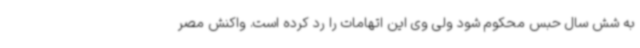
به شش سال حبس محکوم شود ولی وی این اتهامات را رد کرده است. واکنش مصر